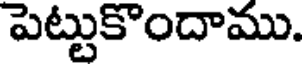
పెట్టుకొందాము.